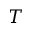
T